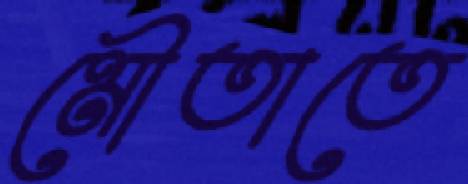
মৌতাতে